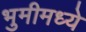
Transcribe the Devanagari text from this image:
भुमीमध्ये